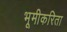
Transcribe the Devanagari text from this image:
भूमीकरिता